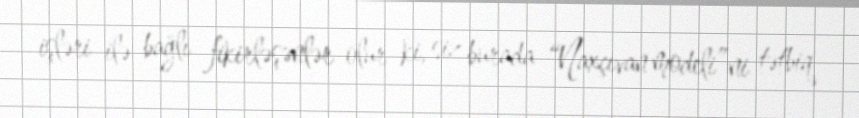
işləri ilə bağlı fikirləşənlər olur ki, siz burada “Naxçıvan modeli”ni tətbiq